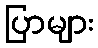
ပြာများ